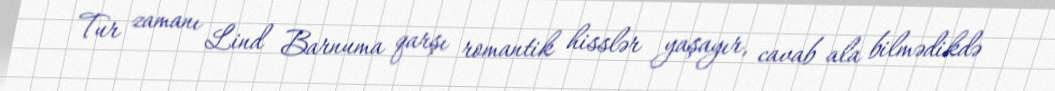
Tur zamanı Lind Barnuma qarşı romantik hisslər yaşayır, cavab ala bilmədikdə